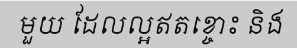
មួយ ដែលល្អឥតខ្ចោះ និង